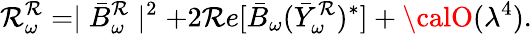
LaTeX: \mathcal{R}_{\omega}^{\mathcal{R}}=\mid\bar{{B}}_{\omega}^{\mathcal{R}}\mid^{2}+2\mathcal{R}e[\bar{{B}}_{\omega}(\bar{{Y}}_{\omega}^{\mathcal{R}})^{\ast}]+{\calO}(\lambda^{4}).